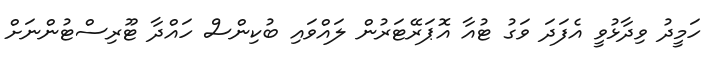
ހަމީދު ވިދާޅުވީ އެފަދަ ވަގު ޓުއާ އޮޕަރޭޓަރުން ލައްވައި ބުކިންސް ހައްދާ ޓޫރިސްޓުންނަށް